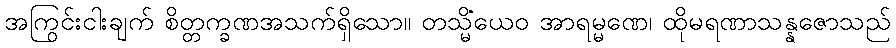
အကြွင်းငါးချက် စိတ္တက္ခဏအသက်ရှိသော။ တသ္မိံယေဝ အာရမ္မဏေ၊ ထိုမရဏာသန္နဇောသည်